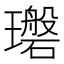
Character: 𪼪